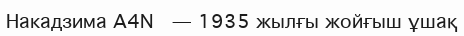
Накадзима A4N  — 1935 жылғы жойғыш ұшақ